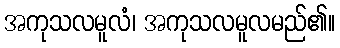
အကုသလမူလံ၊ အကုသလမူလမည်၏။